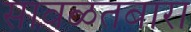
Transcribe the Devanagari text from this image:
सावळतबारा